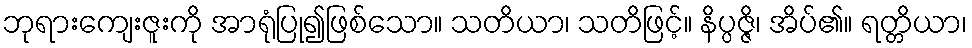
ဘုရားကျေးဇူးကို အာရုံပြု၍ဖြစ်သော။ သတိယာ၊ သတိဖြင့်။ နိပ္ပဇ္ဇိ၊ အိပ်၏။ ရတ္တိယာ၊